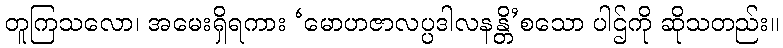
တူကြသလော၊ အမေးရှိရကား ‘မောဟဇာလပ္ပဒါလနန္တိ’စသော ပါဌ်ကို ဆိုသတည်း။